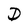
Character: D